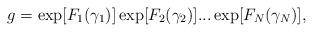
LaTeX: \begin{align*}g=\exp [F_{1}(\gamma _{1})]\exp [F_{2}(\gamma _{2})]...\exp [F_{N}(\gamma_{N})], \end{align*}